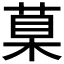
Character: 𦳮